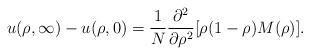
LaTeX: \begin{align*}u(\rho,\infty)-u(\rho,0)=\frac{1}{N}\frac{\partial^2}{\partial \rho^2}[\rho(1-\rho)M(\rho)].\end{align*}